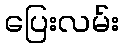
ပြေးလမ်း